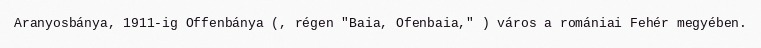
Aranyosbánya, 1911-ig Offenbánya (, régen "Baia, Ofenbaia," ) város a romániai Fehér megyében.